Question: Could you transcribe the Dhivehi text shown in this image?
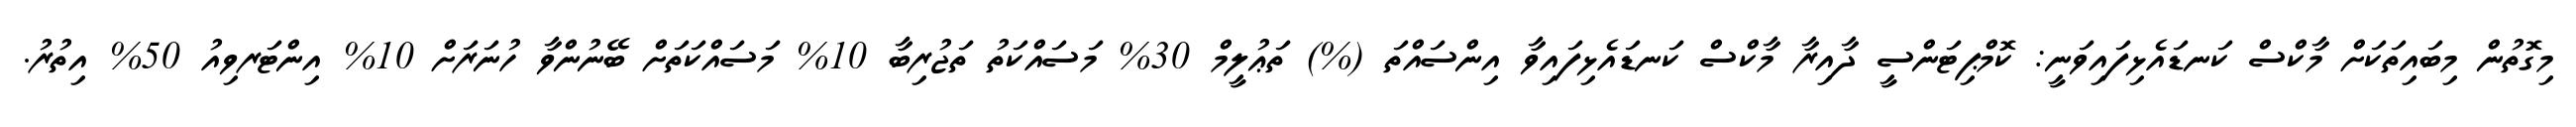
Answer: މިގޮތުން މިބައިތަކަށް މާކްސް ކަނޑައެޅިފައިވަނީ: ކޮމްޕިޓަންސީ ދާއިރާ މާކްސް ކަނޑައެޅިފައިވާ އިންސައްތަ (%) ތަޢުލީމް 30% މަސައްކަތު ތަޖުރިބާ 10% މަސައްކަތަށް ބޭނުންވާ ހުނަރަށް 10% އިންޓަރވިއު 50% އިތުރު.